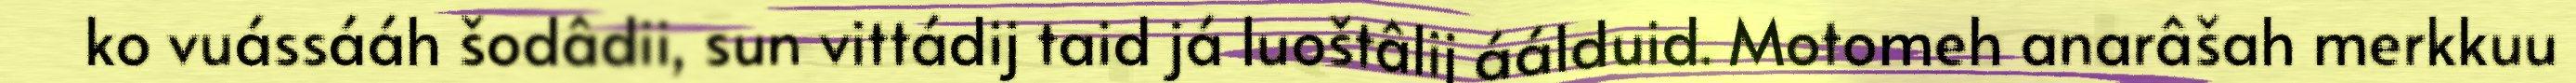
ko vuássááh šodâdii, sun vittádij taid já luoštâlij áálduid. Motomeh anarâšah merkkuu